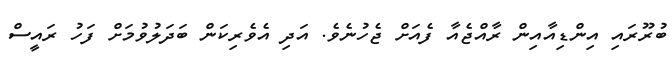
ބުރޫރައި އިންޑިއާއިން ރާއްޖެއާ ފެއަށް ޖެހުނެވެ. އަދި އެވެރިކަން ބަދަލުވުމަށް ފަހު ރައީސް